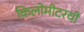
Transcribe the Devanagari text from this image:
किलोमीटरची